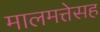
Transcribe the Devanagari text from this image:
मालमत्तेसह